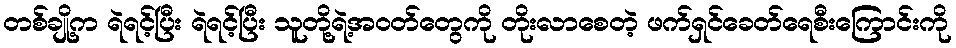
တစ်ချို့က ရဲရင့်ပြီး ရဲရင့်ပြီး သူတို့ရဲ့အဝတ်တွေကို တိုးလာစေတဲ့ ဖက်ရှင်ခေတ်ရေစီးကြောင်းကို